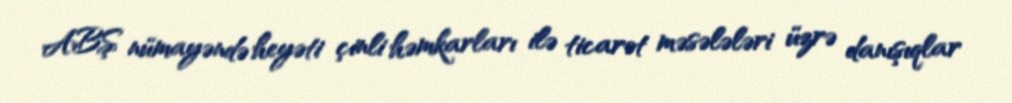
ABŞ nümayəndə heyəti çinli həmkarları ilə ticarət məsələləri üzrə danışıqlar